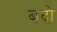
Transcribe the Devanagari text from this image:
बदो